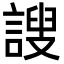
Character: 謏